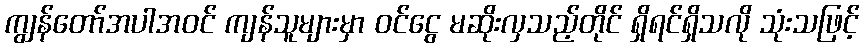
ကျွန်တော်အပါအဝင် ကျန်သူများမှာ ဝင်ငွေ မဆိုးလှသည့်တိုင် ရှိရင်ရှိသလို သုံးသဖြင့်